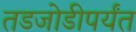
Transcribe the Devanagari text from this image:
तडजोडीपर्यंत